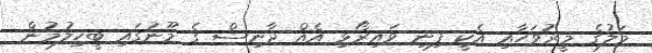
މަލުގެ މީރުވަހާއި އެކީ ފިނި ވައިރޯޅި އެއް ދާނިޝް ގެ މޫނުގައި ބީހިލުމުން